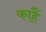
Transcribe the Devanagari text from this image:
काहैं